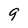
Character: 9